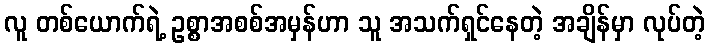
လူ တစ်ယောက်ရဲ့ ဥစ္စာအစစ်အမှန်ဟာ သူ အသက်ရှင်နေတဲ့ အချိန်မှာ လုပ်တဲ့